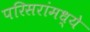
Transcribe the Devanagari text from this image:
परिसरांमध्ये